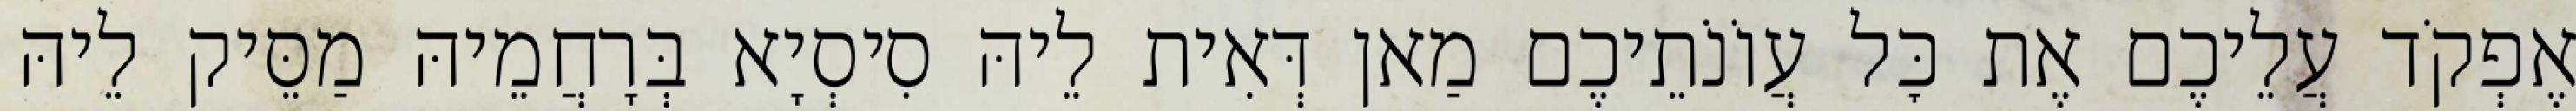
אֶפְקֹד עֲלֵיכֶם אֶת כׇּל עֲוֹנֹתֵיכֶם מַאן דְּאִית לֵיהּ סִיסְיָא בְּרָחֲמֵיהּ מַסֵּיק לֵיהּ